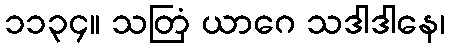
၁၁၃၄။ သတြံ ယာဂေ သဒါဒါနေ၊